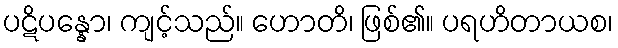
ပဋိပန္နော၊ ကျင့်သည်။ ဟောတိ၊ ဖြစ်၏။ ပရဟိတာယစ၊